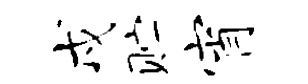
戍贮宵